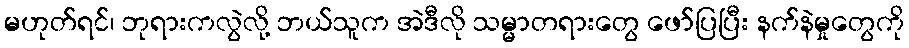
မဟုတ်ရင်၊ ဘုရားကလွဲလို့ ဘယ်သူက အဲဒီလို သမ္မာတရားတွေ ဖော်ပြပြီး နက်နဲမှုတွေကို